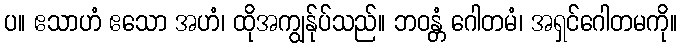
ပ။ ဧသာဟံ ဧသော အဟံ၊ ထိုအကျွန်ုပ်သည်။ ဘဝန္တံ ဂေါတမံ၊ အရှင်ဂေါတမကို။